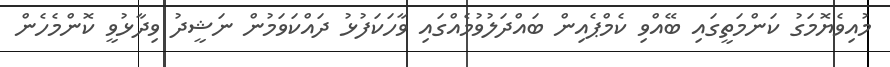
މުއިވެޔޮމަގު ކަންމަތީގައި ބޭއްވި ކެމްޕެއިން ބައްދަލުވުމެއްގައި ވާހަކަފުޅު ދައްކަވަމުން ނަޝީދު ވިދާޅުވީ ކޮންމެހެން